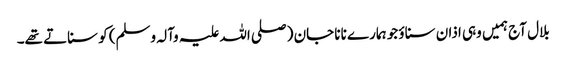
بلال آج ہمیں وہی اذان سناؤ جو ہمارے نانا جان (صلی اللہ علیہ وآلہ وسلم) کو سناتے تھے۔